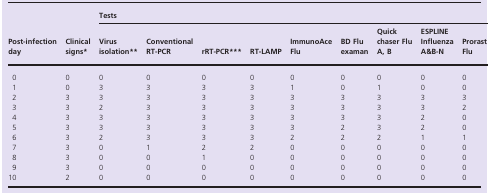
| <ROWSPAN=2> Post‐infection day | <ROWSPAN=2> Clinical signs* | <COLSPAN=9> Tests |
 | Virus isolation** | Conventional RT‐PCR | rRT‐PCR*** | RT‐LAMP | ImmunoAce Flu | BD Flu examan | Quick chaser Flu A, B | ESPLINE Influenza A&B‐N | Prorast Flu |
 | --- | --- | --- | --- | --- | --- | --- | --- | --- | --- | --- |
 | 0 | 0 | 0 | 0 | 0 | 0 | 0 | 0 | 0 | 0 | 0 |
 | 1 | 0 | 3 | 3 | 3 | 3 | 1 | 0 | 1 | 0 | 0 |
 | 2 | 3 | 3 | 3 | 3 | 3 | 3 | 3 | 3 | 3 | 3 |
 | 3 | 3 | 2 | 3 | 3 | 3 | 3 | 3 | 3 | 3 | 2 |
 | 4 | 3 | 3 | 3 | 3 | 3 | 3 | 3 | 3 | 2 | 0 |
 | 5 | 3 | 3 | 3 | 3 | 3 | 3 | 2 | 3 | 2 | 0 |
 | 6 | 3 | 2 | 3 | 3 | 3 | 2 | 2 | 2 | 1 | 1 |
 | 7 | 3 | 0 | 1 | 2 | 2 | 0 | 0 | 0 | 0 | 0 |
 | 8 | 3 | 0 | 0 | 1 | 0 | 0 | 0 | 0 | 0 | 0 |
 | 9 | 3 | 0 | 0 | 0 | 0 | 0 | 0 | 0 | 0 | 0 |
 | 10 | 2 | 0 | 0 | 0 | 0 | 0 | 0 | 0 | 0 | 0 |